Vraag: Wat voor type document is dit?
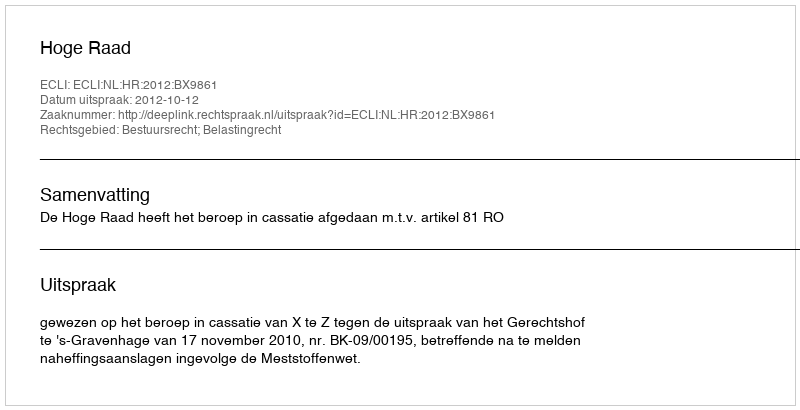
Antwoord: Uitspraak